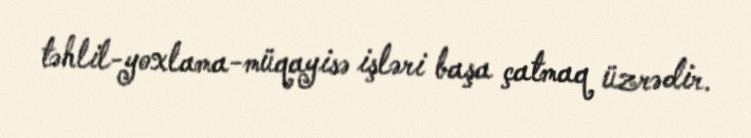
təhlil-yoxlama-müqayisə işləri başa çatmaq üzrədir.